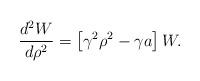
LaTeX: \begin{align*}\frac{d^{2}W}{d\rho^{2}}=\left[ {\gamma^{2}\rho^{2}-\gamma a}\right] W.\end{align*}